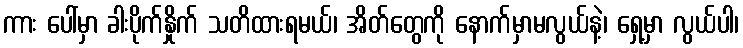
ကား ပေါ်မှာ ခါးပိုက်နှိုက် သတိထားရမယ်၊ အိတ်တွေကို နောက်မှာမလွယ်နဲ့၊ ရှေ့မှာ လွယ်ပါ၊